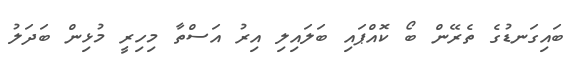
ބައިގަނޑުގެ ތެރޭން ބޯ ކޮއްޕައި ބަލައިލި އިރު އަސްތާ މިހިރީ މުޅިން ބަދަލު